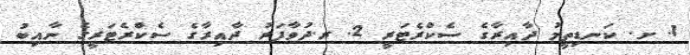
1. ށ. ކަނޑިތީމު ދާއިރާގެ ސެކްރެޓަރީ 2. ރ.ދުވާފަރު ދާއިރާގެ ސެކްރެޓަރީގެ ނާއިބު